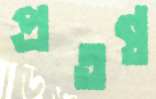
প্রতন্ত